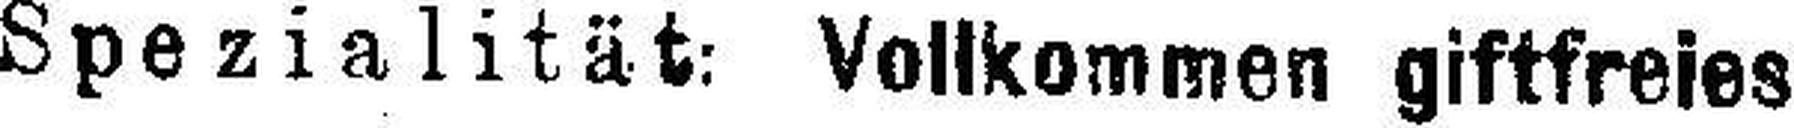
Spezialität: Vollkommen giftfreies